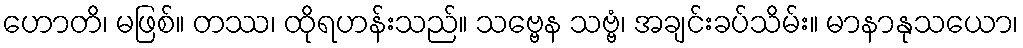
ဟောတိ၊ မဖြစ်။ တဿ၊ ထိုရဟန်းသည်။ သဗ္ဗေန သဗ္ဗံ၊ အချင်းခပ်သိမ်း။ မာနာနုသယော၊